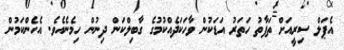
އެޕަލް ސިރީއަށް ތަފާތު ހަތަރު އަޑަކުން ވާހަކަދެއްކުމުގެ ގާބިލްކަން ދިނުން ހިމެނެއެވެ. އެހެންކަމުން